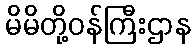
မိမိတို့ဝန်ကြီးဌာန